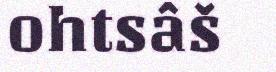
ohtsâš